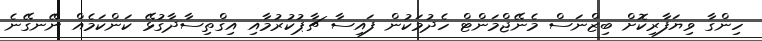
ހިންގާ ވިޔަފާރިކޮށް ބިޒްނަސް މެނޭޖްމަންޓް ހެދުމަކުން ފައިސާ ޗާޕުކުރުމާއި އިގްތިސާދާގުޅޭ ކަންކަމެއް ނޭނގޭނެ